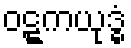
ဝဋ္ဋကယုဒ္ဓံ